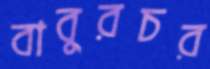
বাবুরচর